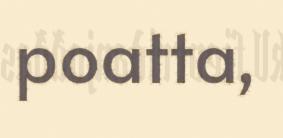
poatta,